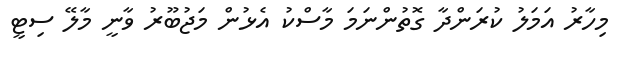
މިހާރު އަމަލު ކުރަންދާ ގޮތުންނަމަ މާސްކު އެޅުން މަޖުބޫރު ވާނީ މާލޭ ސިޓީ